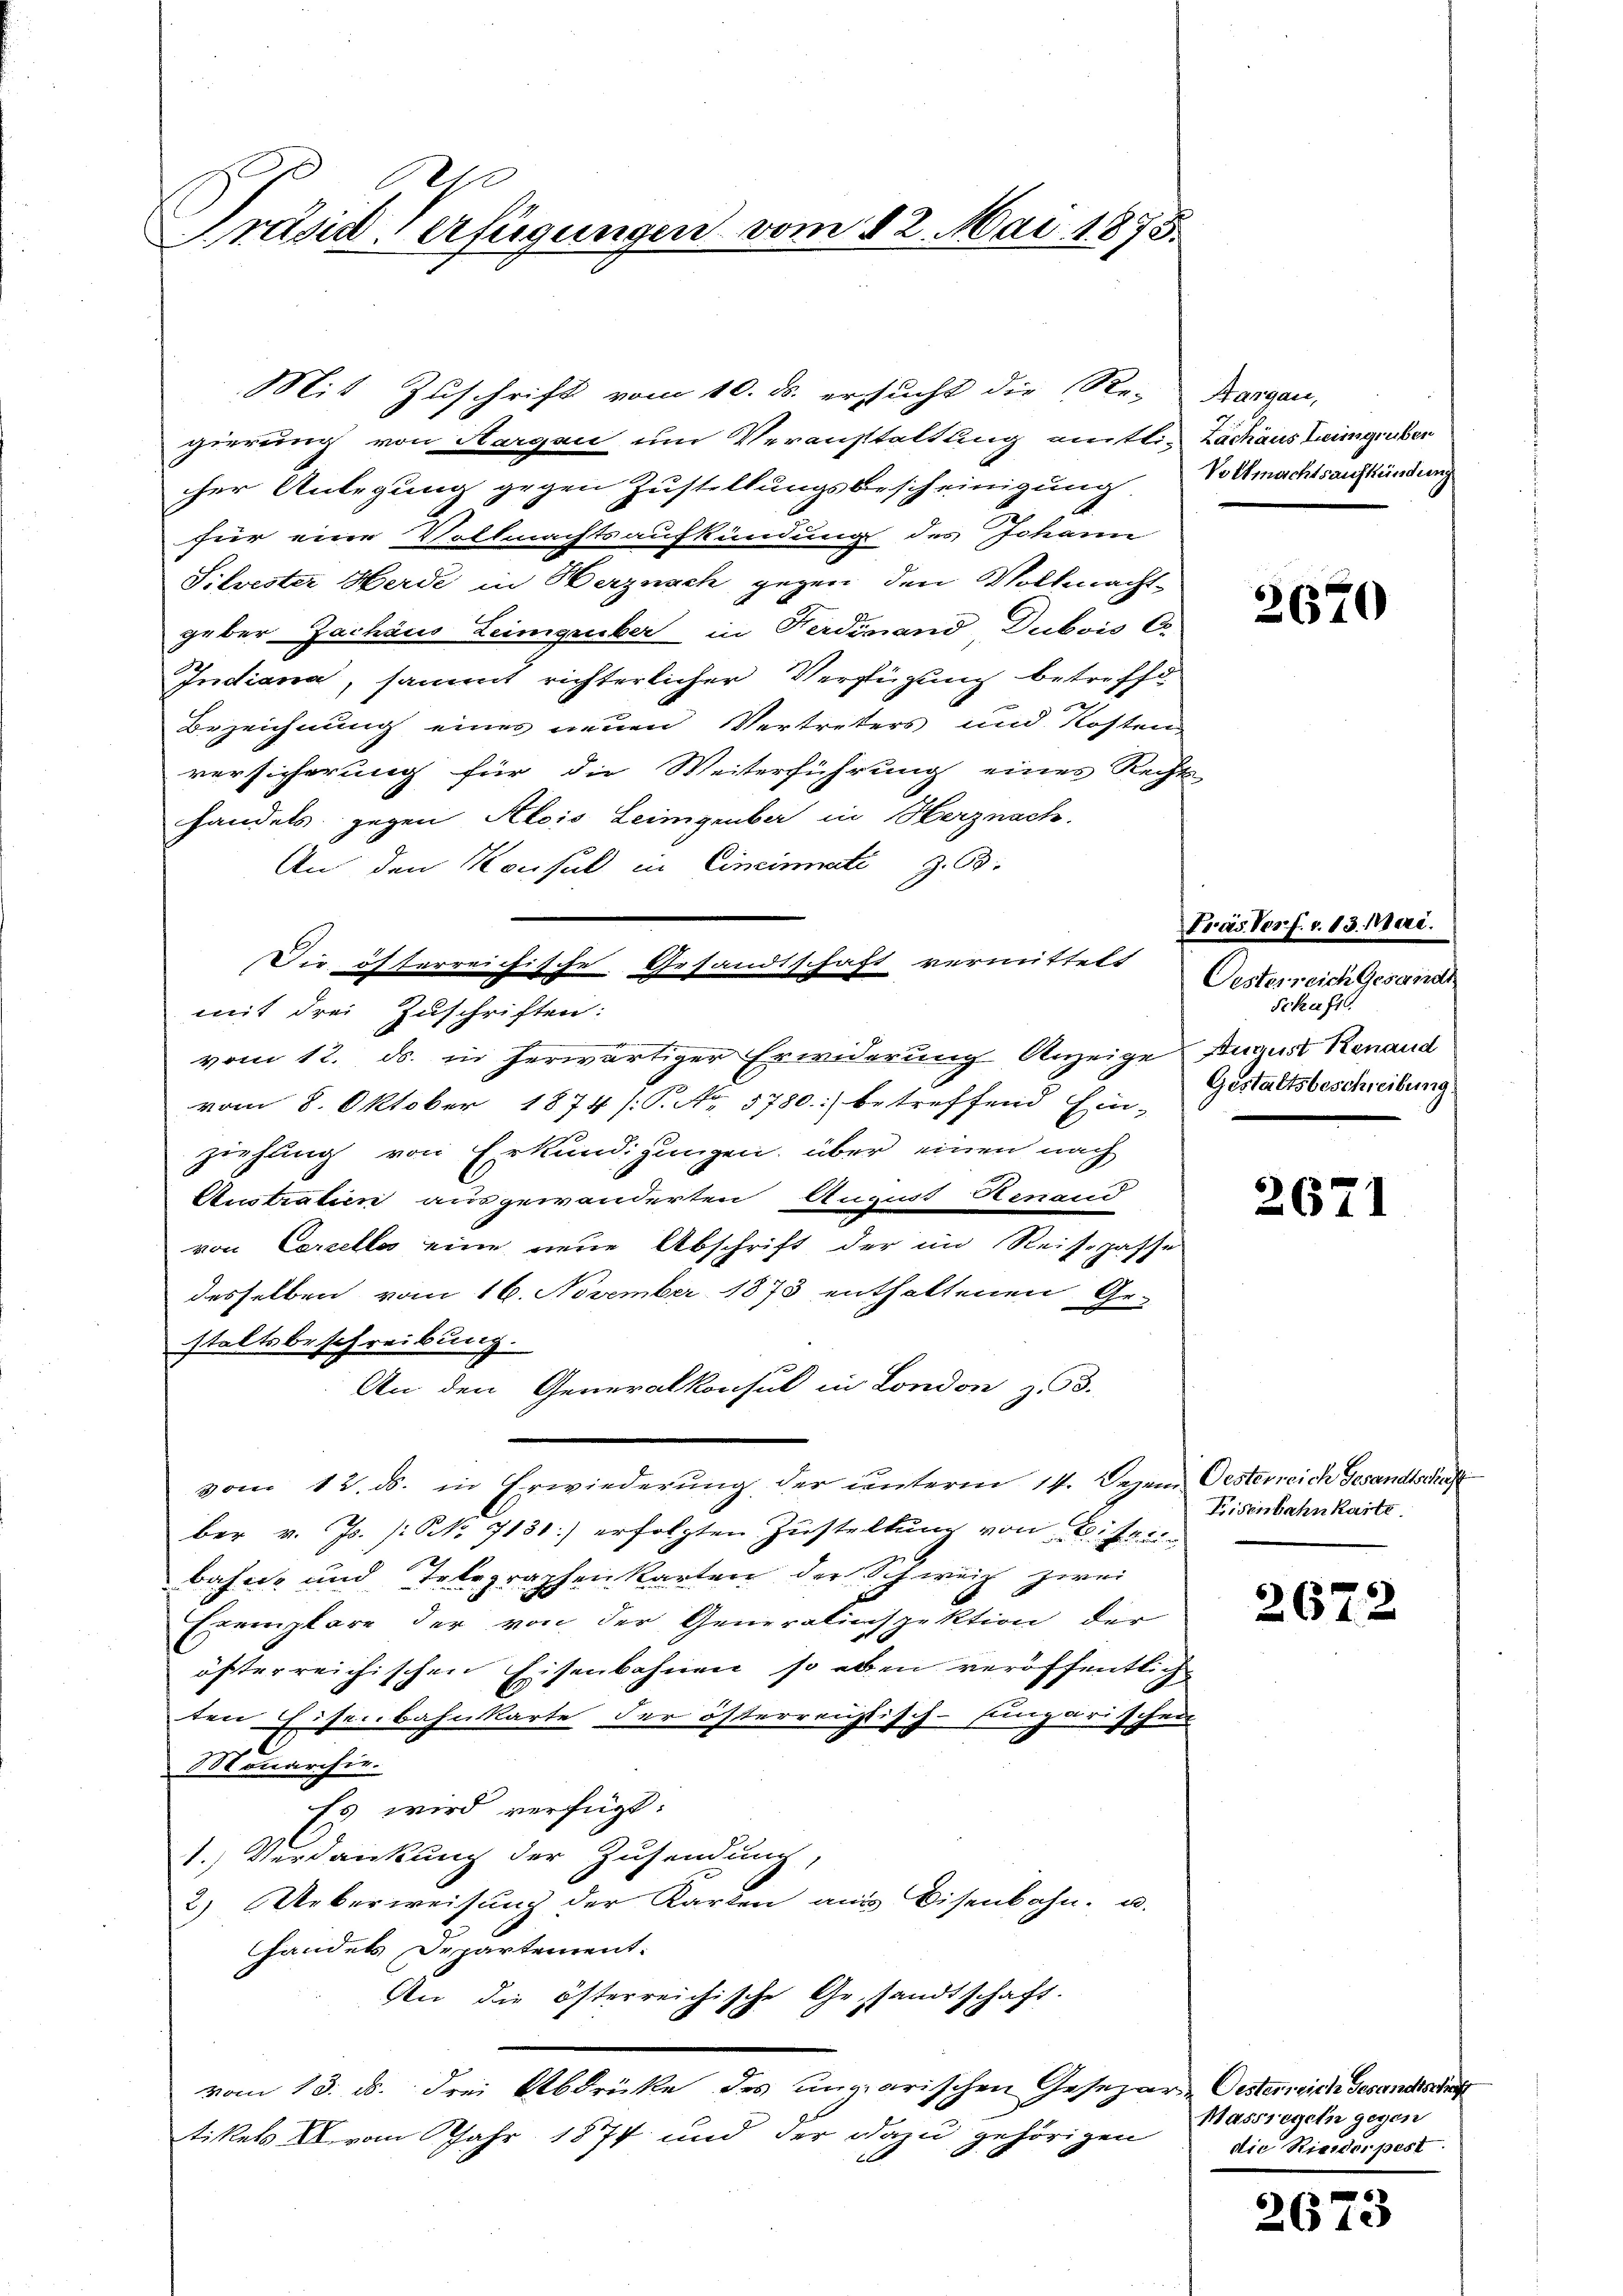
Präsid Verfügungen vom 12. Mai 1875.

Mit Zuschrift vom 10. ds. ersucht die Re-
gierung von Aargau um Veranstaltung amtli- Zachaus Leingruber
cher Anlegung gegen Zustellungsbescheinigung
für eine Vollmachtsaufkündung des Johann
Silvester Herde in Herznach gegen den Vollmachtgeber Zachaus Leimgruber, in Ferdinand, Dubois C
Indiana, sammt richterlicher Verfügung betreffe
Bezeichnung eines neuen Vertreters und Kosten
versicherung für die Weiterführung eines Rech-
handels gegen Alois Leingenbar in Herznach.
An den Konsul in Cincinati z. B.
mit drei Zuschriften:
vom 12. ds. in herwärtiger Erwiderung Anzeige Anaust Renaud
vom 8. Oktober 1874 /:S. Nr. 5780.) betreffend Ein-
ziehung von Erkundigungen, über einen nach
Australien ausgewanderten August Genand
von Cercelles eine neue Abschrift der im Reisepasse
desselben vom 16. November 1873 enthaltenen Ge-
staltsbeschreibung.
An den Generalkonsul in London z. B.
vom 12. ds. in Erwiederung der unterm 14. Dezem Oesterreich Gesandtschaft
ber v. Js. (: No 7131.) erfolgten Zustellung von Befreibahn- und Telegraphen Karten der Schweiz zwei
Exemplare der von der Generalinspektion der
öfterreichischen Eisenbahnen, so eben veröffentlich
ten Eisenbahnkarte der österreichtisch-sparischer
.
onarchie.
Es wird verfügt:
1.) Verdankung der Zusendung,
2) Ueberweisung der Karten aus Eisenbahn- u.
handels Departement.
An die österreichische Gesandtschaft.
vom 13. ds. drei Abdrücke des ungarischen Gesezer-Oesterrich Gesandtsche
tikels XI. vom Jahr 1874 und der dazu gehörigen

Die öfferreichische Gesandtschaft vermittelt

Hangau,
Vollmachtsaufkündung

s

2670

Präs. Verf. v. 13. Mai.
Oesterreich Gesandt
Schaft.
Gestaltsbeschreibung.

2671

Fisenbahnkarte

2672

Massregel gegen
die Riederpest

2673